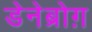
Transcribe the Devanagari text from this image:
डेनेब्रोग़